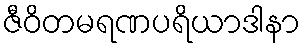
ဇီဝိတမရဏပရိယာဒါနာ